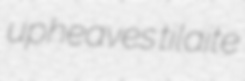
upheaves tilaite